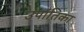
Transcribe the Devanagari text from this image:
उपांतिका